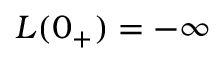
L ( 0 _ { + } ) = - \infty